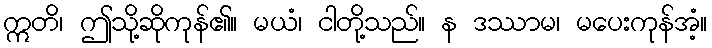
ဣတိ၊ ဤသို့ဆိုကုန်၏။ မယံ၊ ငါတို့သည်။ န ဒဿာမ၊ မပေးကုန်အံ့။